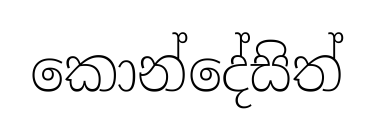
කොන්දේසිත්